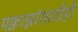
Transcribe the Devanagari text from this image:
पक्वान्नांसाठीही